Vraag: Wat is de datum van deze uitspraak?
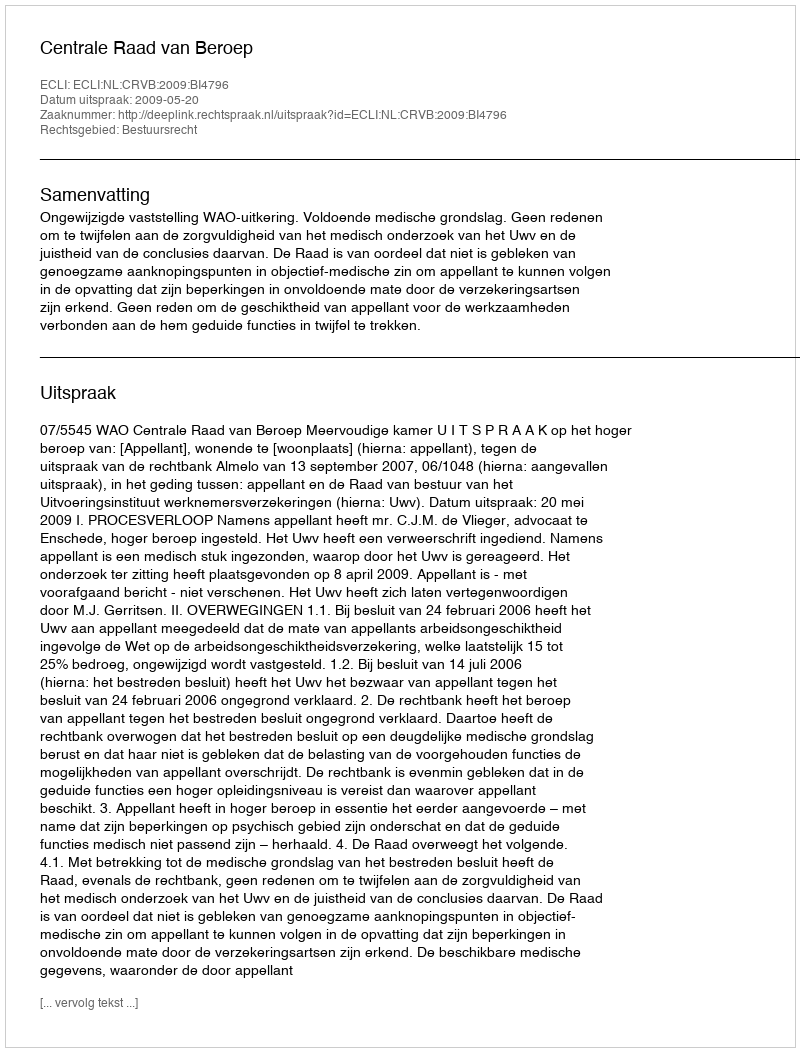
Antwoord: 2009-05-20